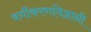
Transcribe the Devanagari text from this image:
वर्गीकरणविज्ञानी